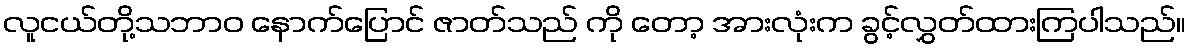
လူငယ်တို့သဘာဝ နောက်ပြောင် ဇာတ်သည် ကို တော့ အားလုံးက ခွင့်လွှတ်ထားကြပါသည်။